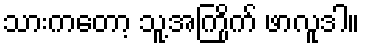
သားကတော့ သူ့အကြိုက် ဖာလူဒါ။